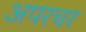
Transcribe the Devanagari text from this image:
अपरचर